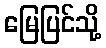
မြေပြင်သို့